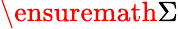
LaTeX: \ensuremath{\Sigma}